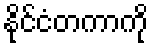
နိုင်ငံတကာကို